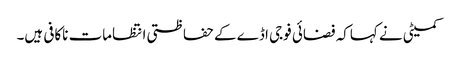
کمیٹی نے کہاکہ فضائی فوجی اڈے کے حفاظتی انتظامات ناکافی ہیں۔